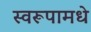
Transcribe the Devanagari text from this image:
स्वरूपामधे